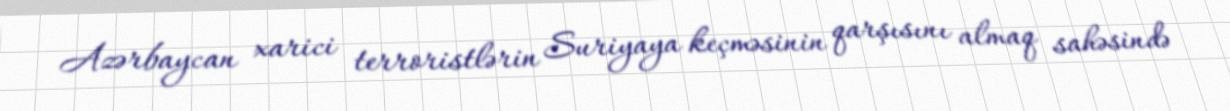
Azərbaycan xarici terroristlərin Suriyaya keçməsinin qarşısını almaq sahəsində